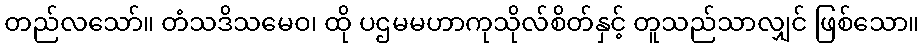
တည်လသော်။ တံသဒိသမေဝ၊ ထို ပဌမမဟာကုသိုလ်စိတ်နှင့် တူသည်သာလျှင် ဖြစ်သော။